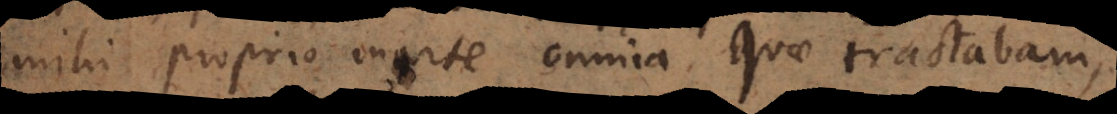
mihi proprio marte omnia. Quae tractabam,